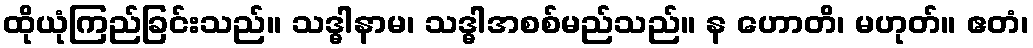
ထိုယုံကြည်ခြင်းသည်။ သဒ္ဓါနာမ၊ သဒ္ဓါအစစ်မည်သည်။ န ဟောတိ၊ မဟုတ်။ ဧတံ၊